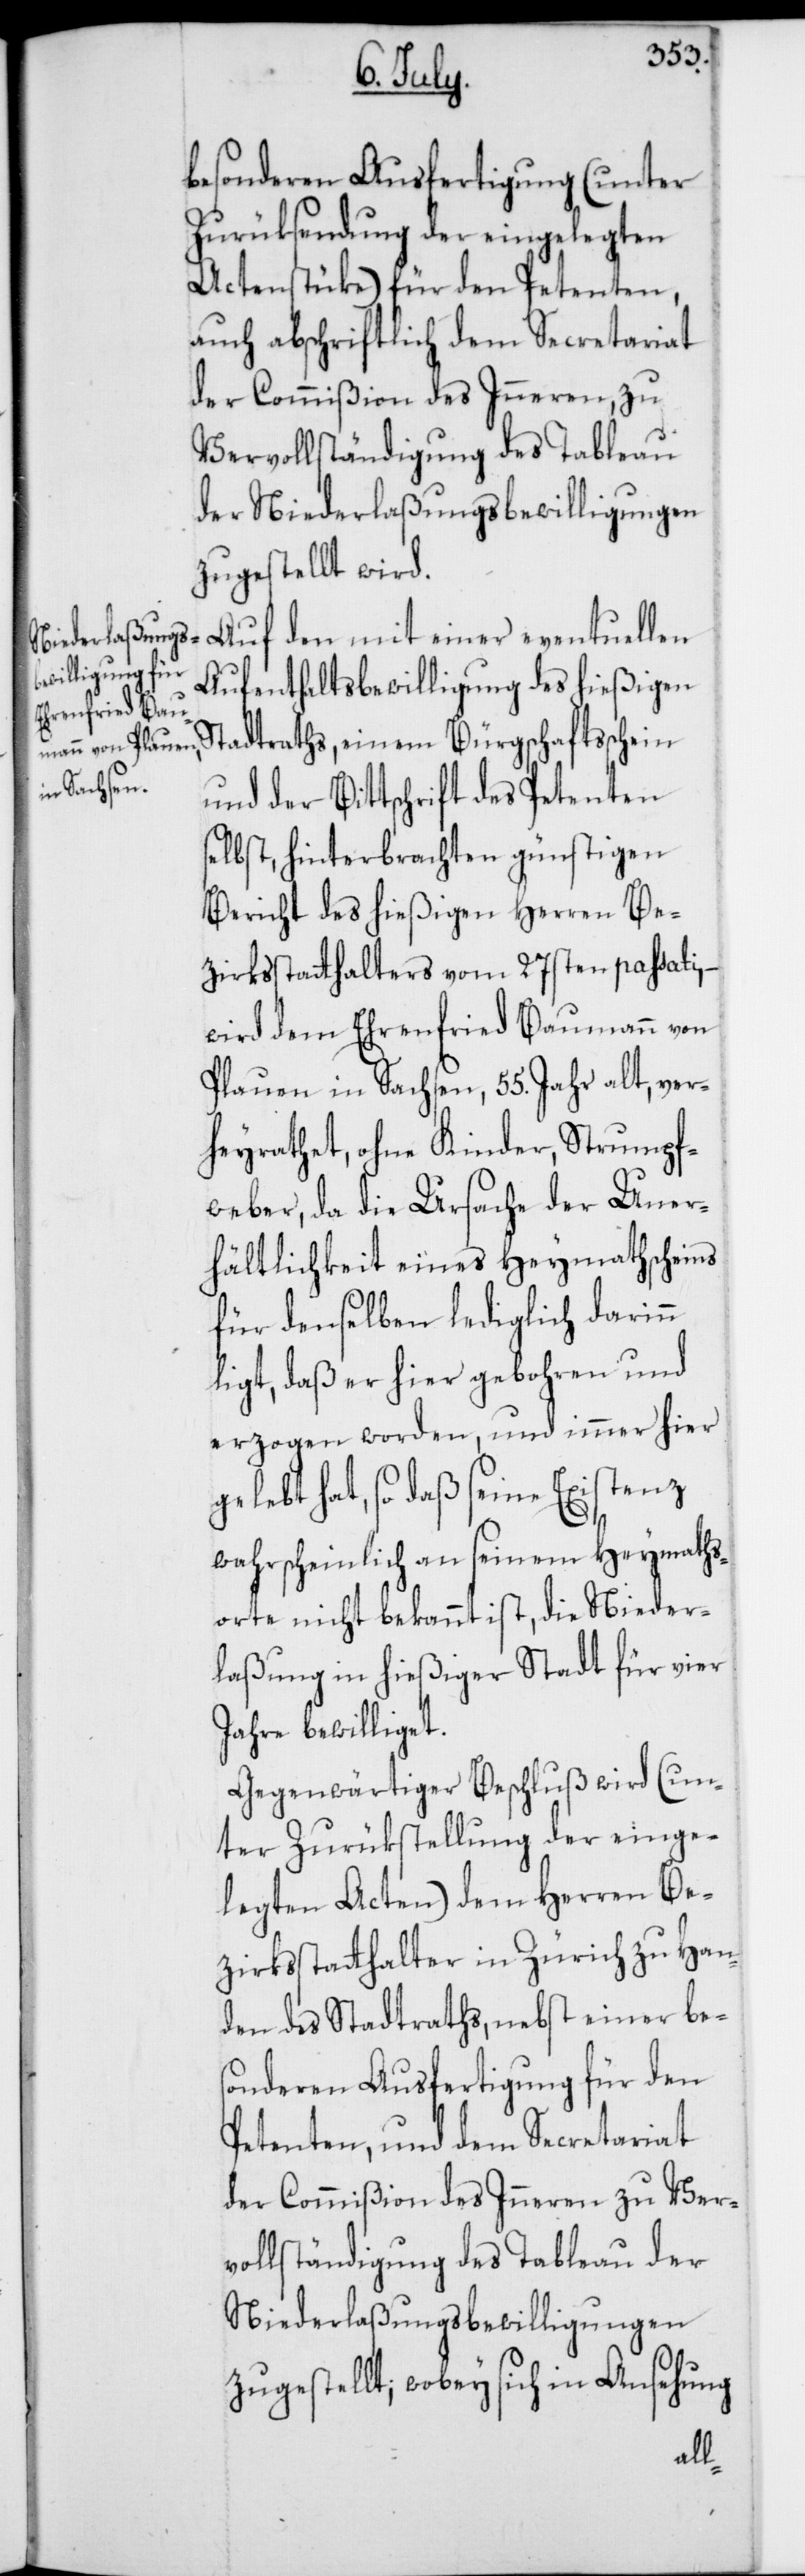
besonderen Ausfertigung (unter
Zurüksendung der eingelegten
Actenstücke) für den Petenten,
auch abschriftlich dem Secretariat
der Commißion des Inneren, zu
Vervollständigung des Tableau
der Niederlaßungsbewilligungen
zugestellt wird.
Auf den mit einer eventuellen
Aufenthaltsbewilligung des hießigen
Stadtraths, einem Bürgschaftsschein
und der Bittschrift des Petenten
selbst, hinterbrachten günstigen
Bericht des hießigen Herren Be¬
zirksstatthalters vom 27sten passati,
wird dem Ehrenfried Baumann von
Plauen in Sachsen, 55. Jahr alt, ver¬
heyrathet, ohne Kinder, Strumpf¬
weber, da die Ursache der Uner¬
hältlichkeit eines Heymathscheins
für denselben lediglich darinn
liegt, daß er hier gebohren und
erzogen worden, und immer hier
gelebt hat, so daß seine Existenz
wahrscheinlich an seinem Heymaths¬
orte nicht bekannt ist, die Nieder¬
laßung in hießiger Stadt für vier
Jahre bewilliget.
Gegenwärtiger Beschluß wird (un¬
ter Zurükstellung der einge¬
legten Acten) dem Herren Be¬
zirksstatthalter in Zürich zu Han¬
den des Stadtraths, nebst einer be¬
sonderen Ausfertigung für den
Petenten, und dem Secretariat
der Commißion des Inneren zu Ver¬
vollständigung des Tableau der
Niederlaßungsbewilligungen
zugestellt; wobey sich in Ansehung